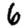
Digit: 6